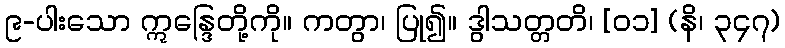
၉-ပါးသော ဣန္ဒြေတို့ကို။ ကတွာ၊ ပြု၍။ ဒွါသတ္တတိ၊ [၀၁] (နိ၊ ၃၄၇)